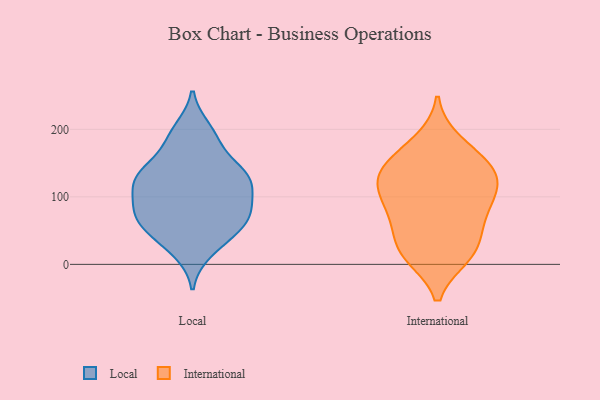
{"axis": {"x": "Revenue (USD Million)", "y": "Value"}, "legend": ["International", "Local"], "data": [{"x": "", "y": 184, "type": "Local"}, {"x": "", "y": 72, "type": "Local"}, {"x": "", "y": 199, "type": "Local"}, {"x": "", "y": 33, "type": "Local"}, {"x": "", "y": 59, "type": "Local"}, {"x": "", "y": 89, "type": "Local"}, {"x": "", "y": 69, "type": "Local"}, {"x": "", "y": 131, "type": "Local"}, {"x": "", "y": 140, "type": "Local"}, {"x": "", "y": 134, "type": "Local"}, {"x": "", "y": 64, "type": "Local"}, {"x": "", "y": 187, "type": "Local"}, {"x": "", "y": 49, "type": "Local"}, {"x": "", "y": 20, "type": "Local"}, {"x": "", "y": 128, "type": "Local"}, {"x": "", "y": 86, "type": "Local"}, {"x": "", "y": 131, "type": "Local"}, {"x": "", "y": 89, "type": "Local"}, {"x": "", "y": 124, "type": "Local"}, {"x": "", "y": 118, "type": "Local"}, {"x": "", "y": 49, "type": "International"}, {"x": "", "y": 183, "type": "International"}, {"x": "", "y": 27, "type": "International"}, {"x": "", "y": 66, "type": "International"}, {"x": "", "y": 101, "type": "International"}, {"x": "", "y": 100, "type": "International"}, {"x": "", "y": 117, "type": "International"}, {"x": "", "y": 12, "type": "International"}, {"x": "", "y": 88, "type": "International"}, {"x": "", "y": 69, "type": "International"}, {"x": "", "y": 123, "type": "International"}, {"x": "", "y": 14, "type": "International"}, {"x": "", "y": 135, "type": "International"}, {"x": "", "y": 14, "type": "International"}, {"x": "", "y": 139, "type": "International"}, {"x": "", "y": 144, "type": "International"}, {"x": "", "y": 144, "type": "International"}, {"x": "", "y": 171, "type": "International"}]}